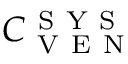
C _ { \mathrm { ~ V ~ E ~ N ~ } } ^ { \mathrm { ~ S ~ Y ~ S ~ } }